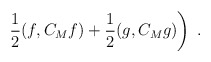
\begin{align*}\left. \frac{1}{2}(f,C_M f) + \frac{1}{2}(g,C_M g) \right) \; .\end{align*}